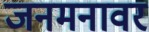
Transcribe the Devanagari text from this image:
जनमनावर